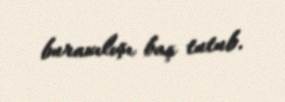
buraxılışı baş tutub.